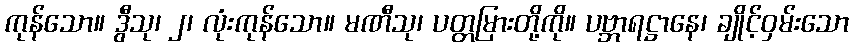
ကုန်သော။ ဒွီသု၊ ၂၊ လုံးကုန်သော။ မဏီသု၊ ပတ္တမြားတို့ကို။ ပဗ္ဘာရဋ္ဌာနေ၊ ချိုင့်ဝှမ်းသော